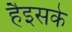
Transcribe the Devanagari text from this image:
हैइसके